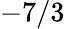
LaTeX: -7/3